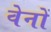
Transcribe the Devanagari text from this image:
वेनों